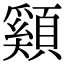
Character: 䫣